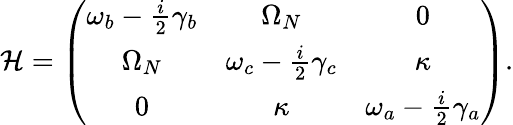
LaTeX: {\cal H}=\left(\begin{array}{ccc}{{\omega_{b}-\frac{i}{2}\gamma_{b}}}&{{\Omega_{N}}}&{{0}}\\ {{\Omega_{N}}}&{{\omega_{c}-\frac{i}{2}\gamma_{c}}}&{{\kappa}}\\ {{0}}&{{\kappa}}&{{\omega_{a}-\frac{i}{2}\gamma_{a}}}\end{array}\right).